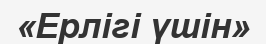
«Ерлігі үшін»